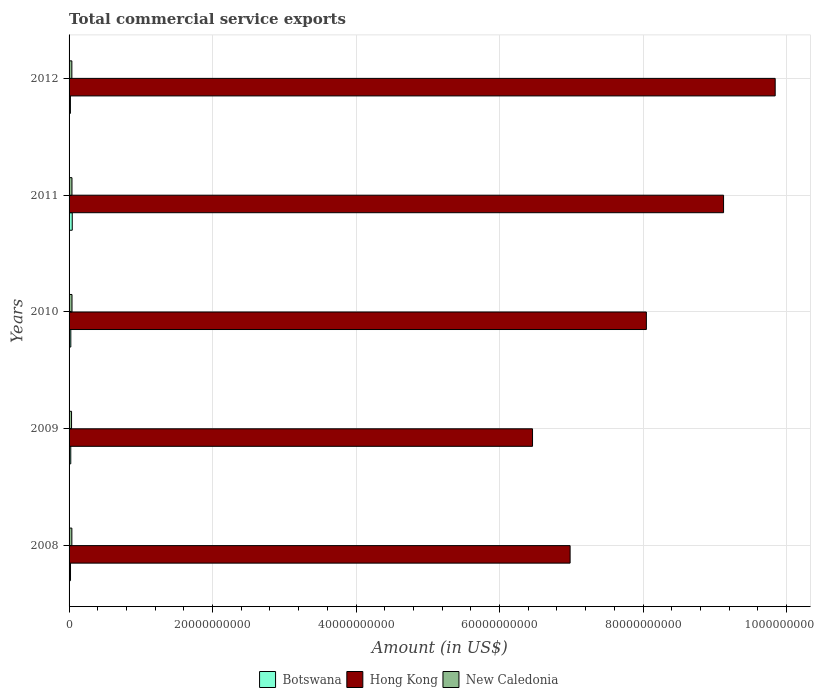
| Years | Botswana | Hong Kong | New Caledonia |
 | --- | --- | --- | --- |
 | 2008 | 2.01e+08 | 6.98e+10 | 3.89e+08 |
 | 2009 | 2.36e+08 | 6.46e+10 | 3.46e+08 |
 | 2010 | 2.42e+08 | 8.05e+10 | 4.09e+08 |
 | 2011 | 4.44e+08 | 9.12e+10 | 4.04e+08 |
 | 2012 | 1.89e+08 | 9.84e+10 | 3.88e+08 |